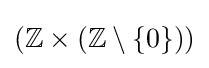
(\mathbb {Z} \times (\mathbb {Z} \setminus \{0\}))